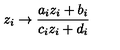
z _ { i } \rightarrow \frac { a _ { i } z _ { i } + b _ { i } } { c _ { i } z _ { i } + d _ { i } }